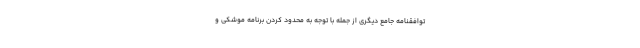
توافقنامه جامع دیگری از جمله با توجه به محدود کردن برنامه موشکی و